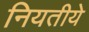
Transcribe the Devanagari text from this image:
नियतीये